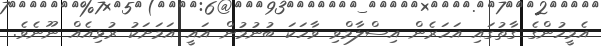
އެމީހުންގެ ގާތުގައި އަހަރެން އިސްލާމްވި ވާހަކަ ބުނުމުން އައީ އަމަށަކު ރުޅިއެއް ނޫނެވެ.